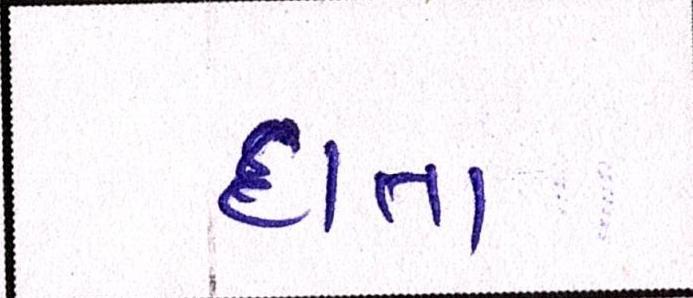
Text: દાતા